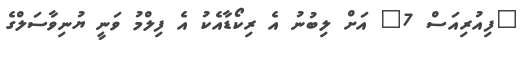
"ފިއުރިއަސް 7" އަށް ލިބުނު އެ ރިކޯޑާއެކު އެ ފިލްމު ވަނީ ޔުނިވާސަލްގެ